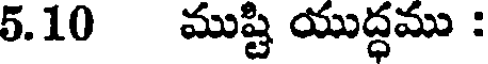
5.10 ముష్టి యుద్ధము :